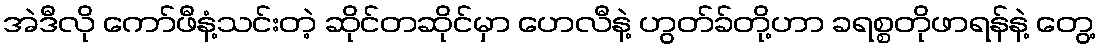
အဲဒီလို ကော်ဖီနံ့သင်းတဲ့ ဆိုင်တဆိုင်မှာ ဟေလီနဲ့ ဟွတ်ခ်တို့ဟာ ခရစ္စတိုဖာရန်နဲ့ တွေ့